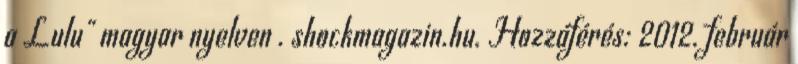
a Lulu" magyar nyelven . shockmagazin.hu. Hozzáférés: 2012. február